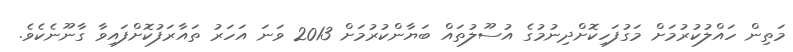
މަތިން ހައްލުކުރުމަށް މަގުފަހިކޮށްދިނުމުގެ އުސޫލުތައް ބަޔާންކުރުމަށް 2013 ވަނަ އަހަރު ތައާރަފުކޮށްފައިވާ ގާނޫނެކެވެ.